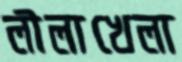
লীলাখেলা